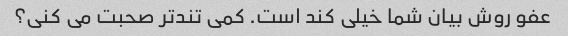
عفو روش بیان شما خیلی کند است. کمی تندتر صحبت می کنی؟